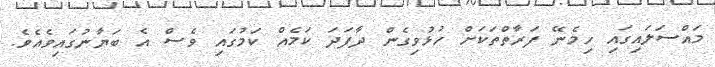
މައްސަލައިގައި ހިމެނޭ ފަރާތްތަކަށް ހުޅުވިގެން ދާފަދަ ކަމެއް ކަމުގައި ވެސް އެ ބަޔާނުގައިވެއެވެ.